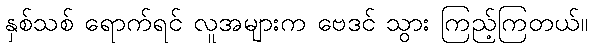
နှစ်သစ် ရောက်ရင် လူအများက ဗေဒင် သွား ကြည့်ကြတယ်။